Note on the mental hospitals in Burma - 1925-1940
Year: 1925
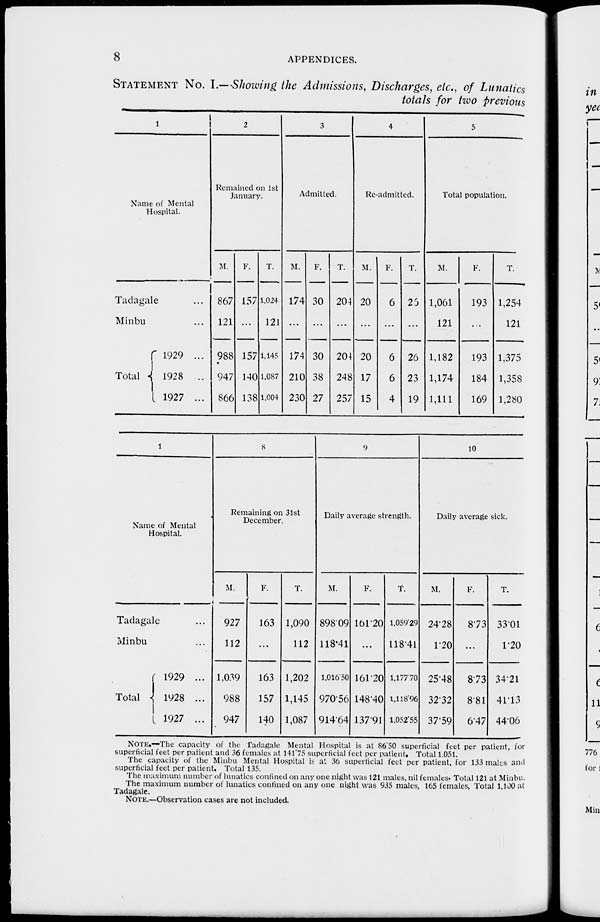
8
APPENDICES.
STATEMENT No. I.—Showing the Admissions, Discharges, etc., of Lunatics
totals for two previous
1
Name of Mental
Hospital.
Tadagale ...
Minbu ...
Total
1929 ...
1928 ...
1927 ...
2
Remained on 1st
January.
M.
867
121
988
947
866
F.
157
...
157
140
138
T.
1,024
121
1,145
1,087
1,004
3
Admitted.
M.
174
...
174
210
230
F.
30
...
30
38
27
T.
204
...
204
248
257
4
Re-admitted.
M.
20
...
20
17
15
F.
6
...
6
6
4
T.
26
...
26
23
19
5
Total population.
M.
1,061
121
1,182
1,174
1,111
F.
193
...
193
184
169
T.
1,254
121
1,375
1,358
1,280
1
Name of Mental
Hospital.
Tadagale ...
Minbu ...
Total
1929 ...
1928 ...
1927 ...
8
Remaining on 31st
December.
M.
927
112
1,039
988
947
F.
163
...
163
157
140
T.
1,090
112
1,202
1,145
1,087
9
Daily average strength.
M.
898.09
118.41
1,016.50
970.56
914.64
F.
161.20
...
161.20
148.40
137.91
T.
1,059.29
118.41
1,177.70
1,118.96
1,052.55
10
Daily average sick.
M.
24.28
1.20
25.48
32.32
37.59
F.
8.73
...
8.73
8.81
6.47
T.
33.01
1.20
34.21
41.13
44.06
NOTE.—The capacity of the Tadagale Mental Hospital is at 86.50 superficial feet per patient, for
superficial feet per patient and 36 females at 141.75 superficial feet per patient. Total 1,051.
The capacity of the Minbu Mental Hospital is at 36 superficial feet per patient, for 133 males and
superficial feet per patient. Total 135.
The maximum number of lunatics confined on any one night was 121 males, nil females. Total 121 at Minbu.
The maximum number of lunatics confined on any one night was 935 males, 165 females, Total 1,100 at
Tadagale.
NOTE.—Observation cases are not included.